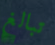
تبالغ